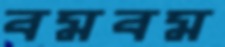
বমবম